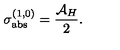
\sigma _ { \mathrm { a b s } } ^ { ( 1 , 0 ) } = \frac { { \cal A } _ { H } } { 2 } .